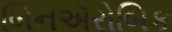
બિનઍરોબિક